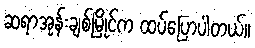
ဆရာအုန်းချစ်မြိုင်က ထပ်ပြောပါတယ်။